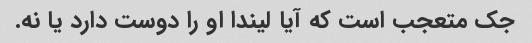
جک متعجب است که آیا لیندا او را دوست دارد یا نه.